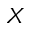
X